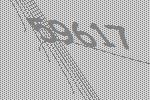
59617